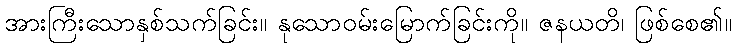
အားကြီးသောနှစ်သက်ခြင်း။ နုသောဝမ်းမြောက်ခြင်းကို။ ဇနယတိ၊ ဖြစ်စေ၏။